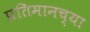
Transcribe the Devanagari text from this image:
प्रतिमानच्या